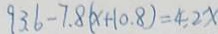
9 3 . 6 - 7 . 8 ( x + 1 0 . 8 ) = 4 . 2 x